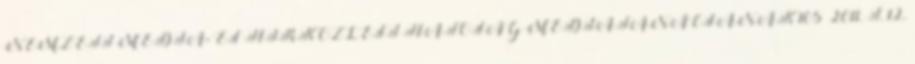
NEMZETI MÉDIA- ÉS HÍRKÖZLÉSI HATÓSÁG MÉDIATANÁCSÁNAK 105 2011. I. 12.